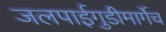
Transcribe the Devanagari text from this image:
जलपाईगुडीमार्गेच